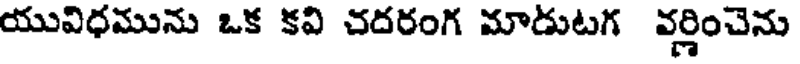
యువిధమును ఒక కవి చదరంగ మాడుటగ వర్ణించెను